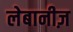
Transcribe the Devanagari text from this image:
लेबानीज़